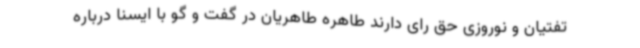
تفتیان و نوروزی حق رای دارند طاهره طاهریان در گفت و گو با ایسنا درباره